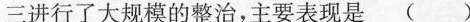
三进行了大规模的整治，主要表现是（